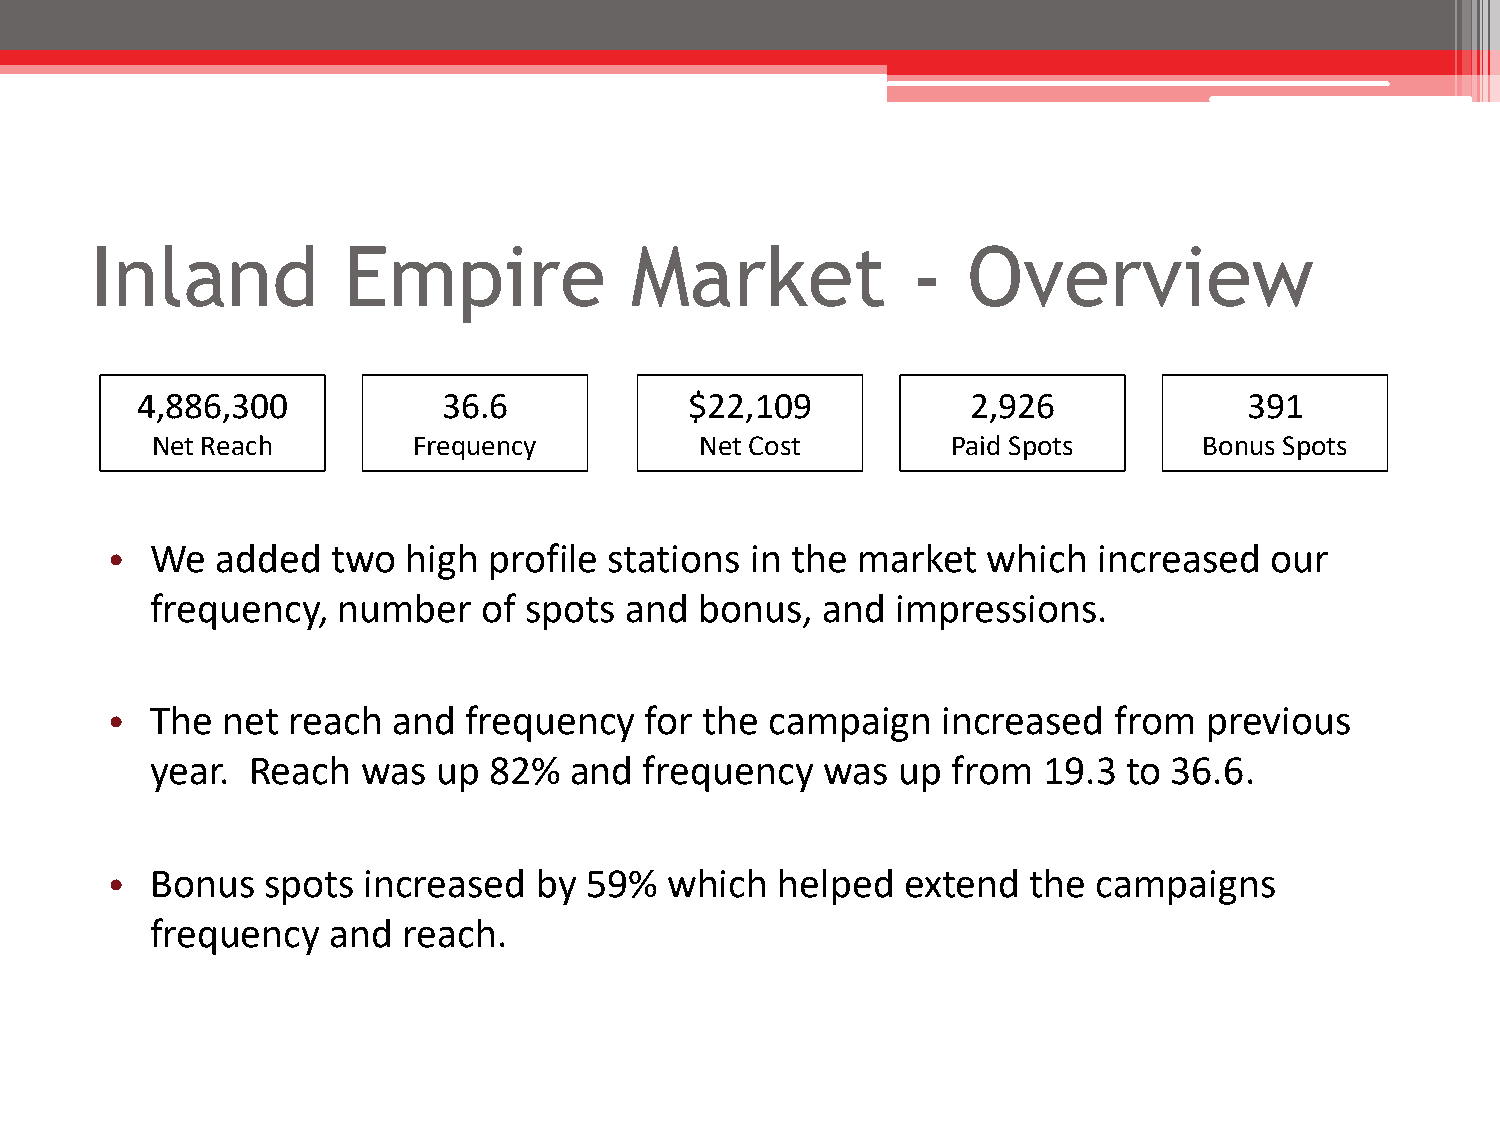
Inland           Empire             Market            -   Overview
 4,886,300           36.6             $22,109           2,926              391
 Net Reach        Frequency          Net Cost         Paid Spots       Bonus Spots
 •  We  added   two  high profile stations  in the market  which   increased  our
 frequency,  number    of spots and  bonus,  and  impressions.
 •  The  net reach  and  frequency   for the campaign   increased   from  previous
 year. Reach   was  up 82%   and  frequency  was  up  from  19.3  to 36.6.
 •  Bonus  spots  increased   by 59%  which   helped  extend  the  campaigns
 frequency   and  reach.